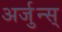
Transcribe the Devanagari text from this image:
अर्जुन्स्